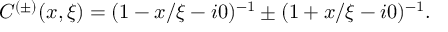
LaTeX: C ^ { ( \pm ) } ( x , \xi ) = ( 1 - x / \xi - i 0 ) ^ { - 1 } \pm ( 1 + x / \xi - i 0 ) ^ { - 1 } .